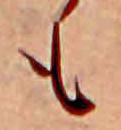
も